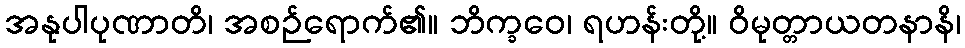
အနုပါပုဏာတိ၊ အစဉ်ရောက်၏။ ဘိက္ခဝေ၊ ရဟန်းတို့။ ဝိမုတ္တာယတနာနိ၊